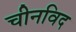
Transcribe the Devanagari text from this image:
चीनविद